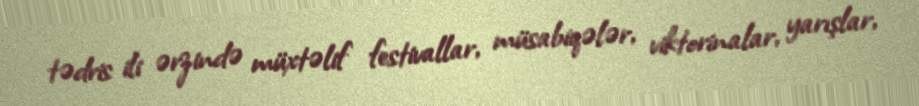
tədris ili ərzində müxtəlif festivallar, müsabiqələr, viktorinalar, yarışlar,